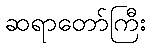
ဆရာတော်ကြီး